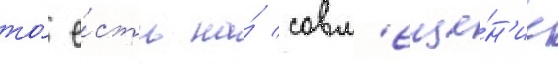
то́ е́сть на́ совм'еще́н'ие